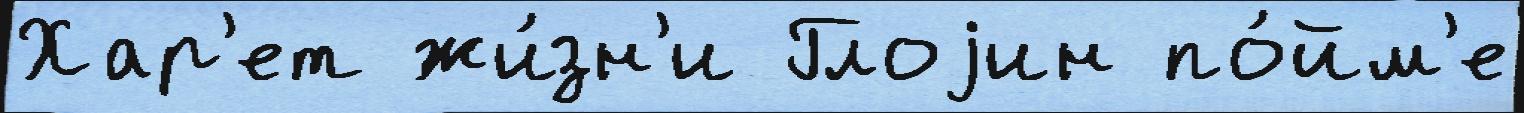
Хар'ет жи́зн'и Глоjин по́йм'е